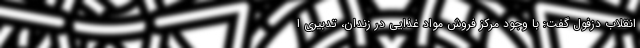
انقلاب دزفول گفت: با وجود مرکز فروش مواد غذایی در زندان، تدبیری ا